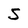
Character: S